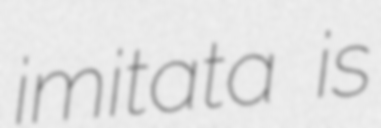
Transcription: imitata is